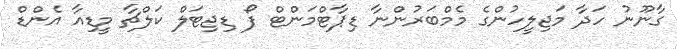
ގާނޫނު ހަދާ މަޖިލީހުންގެ މެމްބަރުންނާ ޑިޕާޓްމަންޓް ފޯ ޑިޖިޓަލް ކަލްޗާ މީޑިއާ އެންޑް